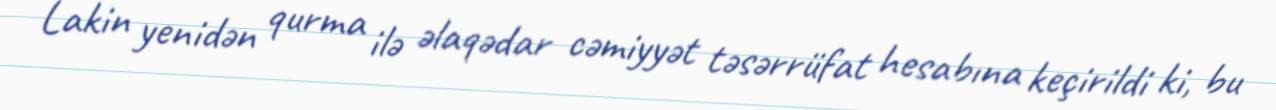
Lakin yenidən qurma ilə əlaqədar cəmiyyət təsərrüfat hesabına keçirildi ki, bu